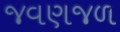
જવણજળ